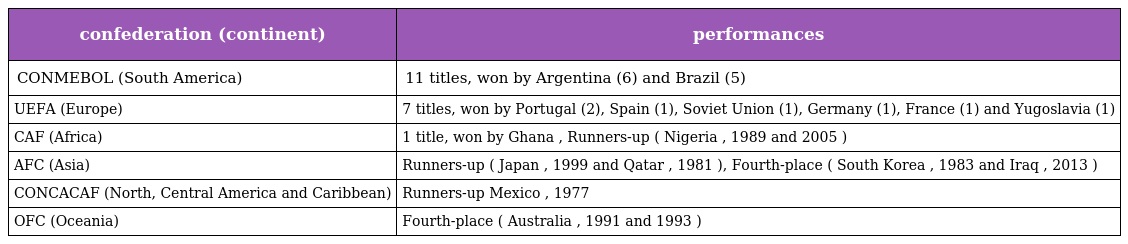
| confederation (continent) | performances |
 | --- | --- |
 | CONMEBOL (South America) | 11 titles, won by Argentina (6) and Brazil (5) |
 | UEFA (Europe) | 7 titles, won by Portugal (2), Spain (1), Soviet Union (1), Germany (1), France (1) and Yugoslavia (1) |
 | CAF (Africa) | 1 title, won by Ghana , Runners-up ( Nigeria , 1989 and 2005 ) |
 | AFC (Asia) | Runners-up ( Japan , 1999 and Qatar , 1981 ), Fourth-place ( South Korea , 1983 and Iraq , 2013 ) |
 | CONCACAF (North, Central America and Caribbean) | Runners-up Mexico , 1977 |
 | OFC (Oceania) | Fourth-place ( Australia , 1991 and 1993 ) |